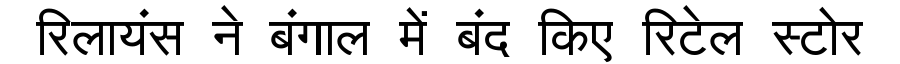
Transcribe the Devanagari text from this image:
रिलायंस ने बंगाल में बंद किए रिटेल स्टोर